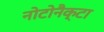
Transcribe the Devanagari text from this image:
नोटोनैक्टा